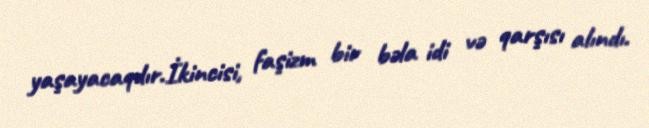
yaşayacaqdır.İkincisi, faşizm bir bəla idi və qarşısı alındı.